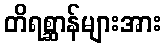
တိရစ္ဆာန်များအား